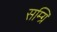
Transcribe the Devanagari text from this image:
सम्ग्रि